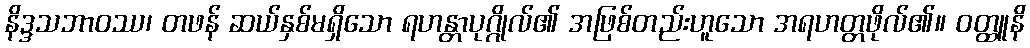
နိဒ္ဒသဘာဝဿ၊ တဖန် ဆယ်နှစ်မရှိသော ရဟန္တာပုဂ္ဂိုလ်၏ အဖြစ်တည်းဟူသော အရဟတ္တဖိုလ်၏။ ဝတ္ထူနိ